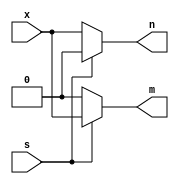
module demux1x2(
    input x,
    input s,
    output m,
    output n
);

assign m = s ? x : 1'b0;
assign n = s ? 1'b0 : x;

endmodule